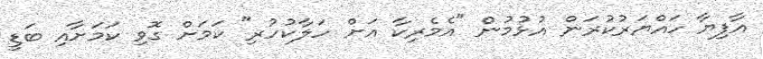
އާފިޔާ ހައްޔަރުކުރަން އުޅުމުން "އެމެރިކާ އަށް ހަލާކުހުރި" ކަމަށް ގޮވި ކަމަށާއި ބަޑީ